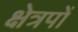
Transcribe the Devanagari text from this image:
क्षेत्रपों